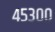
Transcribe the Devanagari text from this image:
४५३००